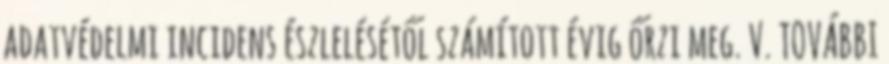
adatvédelmi incidens észlelésétől számított évig őrzi meg. V. TOVÁBBI